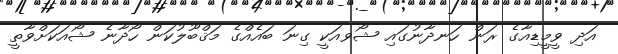
އަދި ވީމީޑިއާގެ ރަން ހަނދާނުގައި ޝޯވއަކީ ގިނަ ބައެއްގެ މަޤްބޫލުކަން ހޯދާނެ ޝޯއަކަށްވާތީ